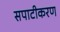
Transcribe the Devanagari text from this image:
सपाटीकरण